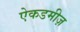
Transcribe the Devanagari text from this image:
ऐकडमीज़